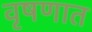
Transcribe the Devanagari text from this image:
वृषणात